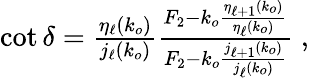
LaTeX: \begin{array}{r}{\cot\delta=\frac{\eta_{\ell}(k_{o})}{j_{\ell}(k_{o})}\frac{F_{2}-k_{o}\frac{\eta_{\ell+1}(k_{o})}{\eta_{\ell}(k_{o})}}{F_{2}-k_{o}\frac{j_{\ell+1}(k_{o})}{j_{\ell}(k_{o})}}\; ,}\end{array}